Report on vaccination in the Province of Bengal - 1869-1873
Year: 1869
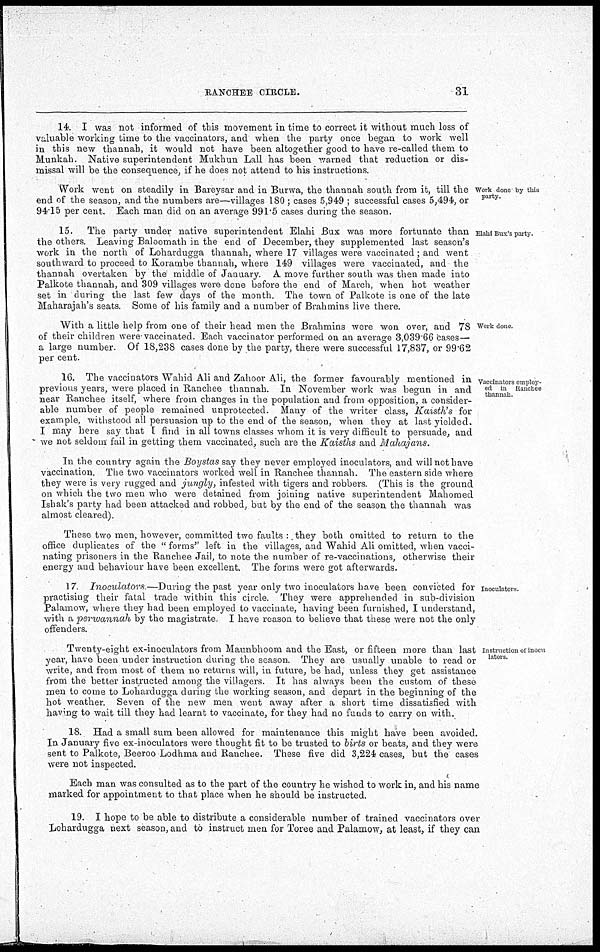
RANCHEE CIRCLE.
31
14. I was not informed of this movement in time to correct it without much loss of
valuable working time to the vaccinators, and when the party once began to work well
in this new thannah, it would not have been altogether good to have re-called them to
Munkah. Native superintendent Mukhun Lall has been warned that reduction or dis-
missal will be the consequence, if he does not attend to his instructions.
Work done by this
party.
Work went on steadily in Bareysar and in Burwa, the thannah south from it, till the
end of the season, and the numbers are—villages 180 ; cases 5,949 ; successful cases 5,494, or
94.15 per cent. Each man did on an average 991.5 cases during the season.
Elahi Bux's party
15. The party under native superintendent Elahi Bux was more fortunate than
the others. Leaving Baloomath in the end of December, they supplemented last season's
work in the north of Lohardugga thannah, where 17 villages were vaccinated; and went
southward to proceed to Korambe thannah, where 149 villages were vaccinated, and the
thannah overtaken by the middle of January. A move further south was then made into
Palkote thannah, and 309 villages were done before the end of March, when hot weather
set in during the last few days of the month. The town of Palkote is one of the late
Maharajah's seats. Some of his family and a number of Brahmins live there.
Work done.
With a little help from one of their head men the Brahmins were won over, and 78
of their children were vaccinated. Each vaccinator performed on an average 3,039.66 cases—
a large number. Of 18,238 cases done by the party, there were successful 17,837, or 99.62
per cent.
Vaccinators employ-
ed in Ranchee
thannah.
16. The vaccinators Wahid Ali and Zahoor Ali, the former favourably mentioned in
previous years, were placed in Ranchee thannah. In November work was begun in and
near Ranchee itself, where from changes in the population and from opposition, a consider-
able number of people remained unprotected. Many of the writer class, Kaisth's for
example, withstood all persuasion up to the end of the season, when they at last yielded.
I may here say that I find in all towns classes whom it is very difficult to persuade, and
we not seldom fail in getting them vaccinated, such are the Kaisths and Mahajans.
In the country again the Boystas say they never employed inoculators, and will not have
vaccination. The two vaccinators worked well in Ranchee thannah. The eastern side where
they were is very rugged and jungly, infested with tigers and robbers. (This is the ground
on which the two men who were detained from joining native superintendent Mahomed
Ishak's party had been attacked and robbed, but by the end of the season the thannah was
almost cleared).
These two men, however, committed two faults : they both omitted to return to the
office duplicates of the " forms" left in the villages, and Wahid Ali omitted, when vacci-
nating prisoners in the Ranchee Jail, to note the number of re-vaccinations, otherwise their
energy and behaviour have been excellent. The forms were got afterwards.
Inoculators.
17. Inoculators—During
the past year only two inoculators have been convicted for
practising their fatal trade within this circle. They were apprehended in sub-division
Palamow, where they had been employed to vaccinate, having been furnished, I understand,
with a perwannah by the magistrate. I have reason to believe that these were not the only
offenders.
Instruction of inocu-
lators.
Twenty-eight ex-inoculators from Maunbhoom and the East, or fifteen more than last
year, have been under instruction during the season. They are usually unable to read or
write, and from most of them no returns will, in future, be had, unless they get assistance
from the better instructed among the villagers. It has always been the custom of these
men to come to Lohardugga during the working season, and depart in the beginning of the
hot weather. Seven of the new men went away after a short time dissatisfied with
having to wait till they had learnt to vaccinate, for they had no funds to carry on with.
18. Had a small sum been allowed for maintenance this might have been avoided.
In January five ex-inoculators were thought fit to be trusted to birts or beats, and they were
sent to Palkote, Beeroo Lodhma and Ranchee. These five did 3,224 cases, but the cases
were not inspected.
Each man was consulted as to the part of the country he wished to work in, and his name
marked for appointment to that place when he should be instructed.
19. I hope to be able to distribute a considerable number of trained vaccinators over
Lohardugga next season, and to instruct men for Toree and Palamow, at least, if they can